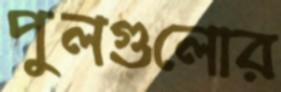
পুলগুলোর